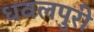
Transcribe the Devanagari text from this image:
धवलपुरी